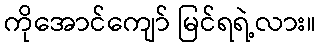
ကိုအောင်ကျော် မြင်ရရဲ့လား။